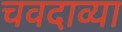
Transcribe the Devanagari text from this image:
चवदाव्या